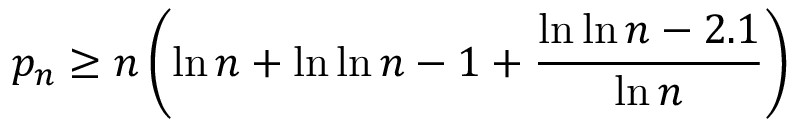
p _ { n } \geq n \left( \ln n + \ln \ln n - 1 + { \frac { \ln \ln n - 2 . 1 } { \ln n } } \right)